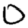
Digit: 0